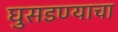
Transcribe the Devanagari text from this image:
घुसडण्याचा